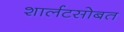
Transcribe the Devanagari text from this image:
शार्लटसोबत